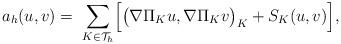
LaTeX: \begin{align*}a_h(u,v)=\;\sum_{K\in \mathcal{T}_h} \Bigl[\big(\nabla \Pi_K u,\nabla \Pi_K v\big)_K+S_K(u,v)\Bigr],\end{align*}